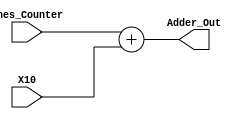
`timescale 1ns/1ps

module Adder(
    input [3:0] Ones_Counter,
    input [5:0] X10,
    output [5:0] Adder_Out
    );

assign Adder_Out = Ones_Counter + X10;
  
endmodule